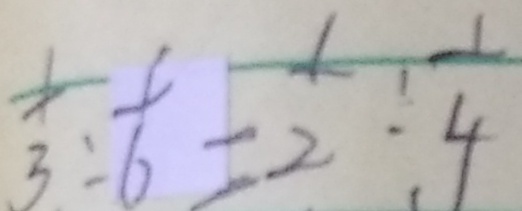
\frac { 1 } { 3 } : \frac { 1 } { 6 } = \frac { 1 } { 2 } : \frac { 1 } { 4 }